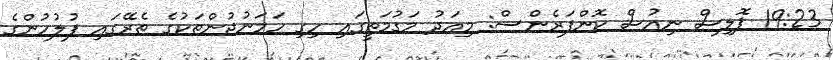
19:23 ޕޮލިސް ނިއުސް ކޮންފަރެންސް: މިއަދު މަގުމަތީގައި ހިގި ހަމަނުޖުންތަކުގެ ތެރޭގައި ފުލުހުންގެ